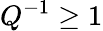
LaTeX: Q^{-1}\geq 1